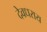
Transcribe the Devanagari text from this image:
देवधराय